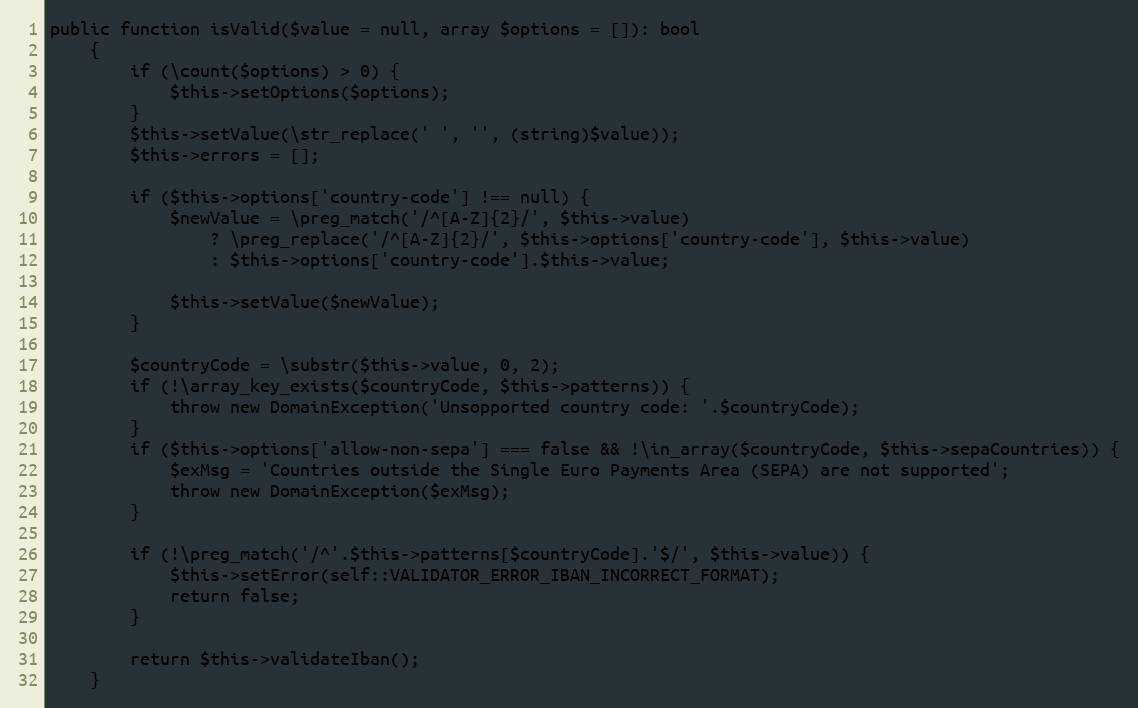
Language: PHP
public function isValid($value = null, array $options = []): bool
    {
        if (\count($options) > 0) {
            $this->setOptions($options);
        }
        $this->setValue(\str_replace(' ', '', (string)$value));
        $this->errors = [];

        if ($this->options['country-code'] !== null) {
            $newValue = \preg_match('/^[A-Z]{2}/', $this->value)
                ? \preg_replace('/^[A-Z]{2}/', $this->options['country-code'], $this->value)
                : $this->options['country-code'].$this->value;

            $this->setValue($newValue);
        }

        $countryCode = \substr($this->value, 0, 2);
        if (!\array_key_exists($countryCode, $this->patterns)) {
            throw new DomainException('Unsopported country code: '.$countryCode);
        }
        if ($this->options['allow-non-sepa'] === false && !\in_array($countryCode, $this->sepaCountries)) {
            $exMsg = 'Countries outside the Single Euro Payments Area (SEPA) are not supported';
            throw new DomainException($exMsg);
        }

        if (!\preg_match('/^'.$this->patterns[$countryCode].'$/', $this->value)) {
            $this->setError(self::VALIDATOR_ERROR_IBAN_INCORRECT_FORMAT);
            return false;
        }

        return $this->validateIban();
    }